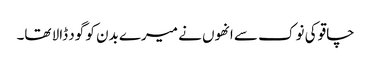
چاقو کی نوک سے انھوں نے میرے بدن کو گود ڈالا تھا۔